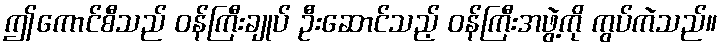
ဤကောင်စီသည် ဝန်ကြီးချုပ် ဦးဆောင်သည့် ဝန်ကြီးအဖွဲ့ကို ကွပ်ကဲသည်။